Annual administration report of the Civil Veterinary Department of India - 1898-1899
Year: 1898
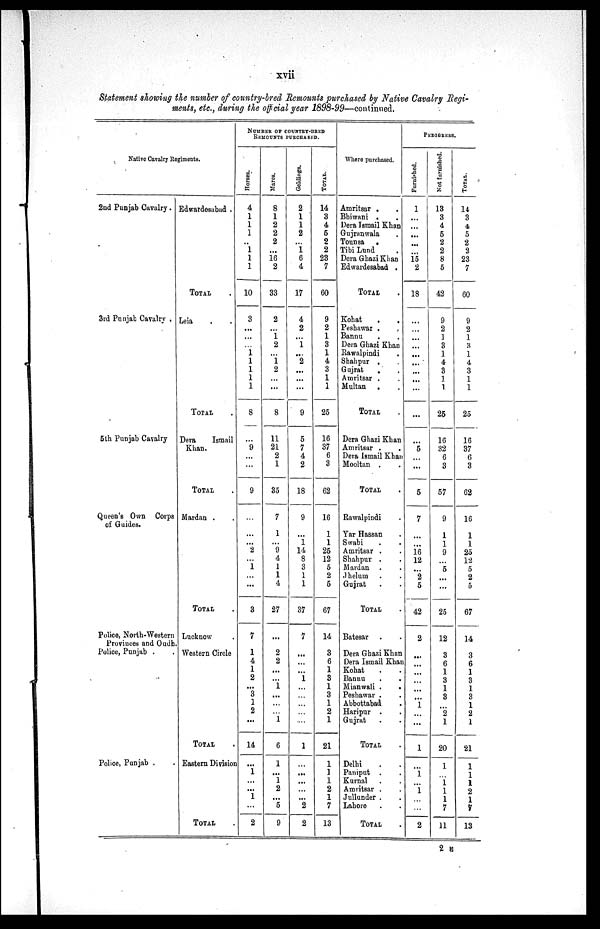
xvii
Statement showing the number of country-bred Remounts purchased by Native Cavalry Regi-
ments, etc., during the official year 1898-99—continued.
Native Cavalry Regiments.
2nd Punjab Cavalry.
3rd Punjab Cavalry .
5th Punjab Cavalry
Queen's Own Corps
of Guides.
Police, North-Western
Provinces and Oudh.
Police, Punjab ..
Police, Punjab .
Edwardesabad .
TOTAL.
Leia . .
TOTAL .
Dera
Ismail
Khan.
TOTAL .
Mardan . .
TOTAL.
Lucknow.
Western Circle
TOTAL.
Eastern Division
TOTAL.
NUMBER OF COUNTRY-BRED
REMOUNTS PURCHASED.
Horses.
4
1
1
1
..
1
1
1
10
3
...
...
...
1
1
1
1
1
8
...
9
...
...
9
...
...
...
2
...
1
...
...
3
7
1
4
1
2
...
3
1
2
...
14
...
1
...
...
1
...
2
Mares.
8
1
2
2
2
.
..
16
2
33
2
1
2
...
1
2
...
...
8
11
21
2
1
35
7
1
...
9
4
1
1
4
27
...
2
2
...
...
1
...
...
...
1
6
1
...
1
2
...
5
9
Geldings.
2
1
1
2
...
1
6
4
17
4
2
...
1
...
2
...
...
...
9
5
7
4
2
18
9
...
1
14
8
3
1
1
37
7
...
...
...
1
...
...
...
...
...
1
...
...
...
...
...
2
2
TOTAL.
14
3
4
5
2
2
23
7
60
9
2
1
3
1
4
3
1
1
25
16
37
6
3
62
16
1
1
25
12
5
2
5
67
14
3
6
1
3
1
3
1
2
1
21
1
1
1
2
1
7
13
Where purchased.
Amritsar . .
Bhiwani . .
Dera Ismail Khan
Gujranwala .
Tounsa .
Tibi Lund .
Dera Ghazi Khan
Edwardesabad .
TOTAL.
Kohat . .
Peshawar .
Bannu . .
Dera Ghazi Khan
Rawalpindi.
Shahpur .
Gujrat
. .
Amritsar . .
Multan . .
TOTAL.
Dera Ghazi Khan
Amritsar . .
Dera Ismail Khan
Mooltan . .
TOTAL .
Rawalpindi
Yar Hassan
Swabi . .
Amritsar . .
Shahpur . .
Mardan . .
Jhelum . .
Gujrat . .
TOTAL .
Batesar . .
Dera Ghazi Khan
Dera Ismail Khan
Kohat . .
Bannu . .
Mianwali . .
Peshawar . .
Abbottabad.
Haripur . .
Gujrat . .
TOTAL .
Delhi
Paniput . .
Kurnal . .
Amritsar ..
Jullunder ..
Lahore
TOTAL.
PEDIGREES.
Furnished.
1
...
...
...
...
...
15
2
18
...
...
...
...
...
...
...
...
...
...
...
5
...
...
5
7
...
...
16
12
...
2
5
42
2
...
...
...
...
...
...
1
...
...
1
...
1
...
1
...
...
2
Not furnished.
13
3
4
5
2
2
8
5
42
9
2
1
3
1
4
3
1
1
25
16
32
6
3
57
9
1
1
9
...
5
...
...
25
12
3
6
1
3
1
3
...
2
1
20
1
...
1
1
1
7
11
TOTAL.
14
3
4
5
2
2
23
7
60
9
2
1
3
1
4
3
1
1
25
16
37
6
3
62
16
1
1
25
12
5
2
5
67
14
3
6
1
3
1
3
1
2
1
21
1
1
1
2
1
7
13
2 E